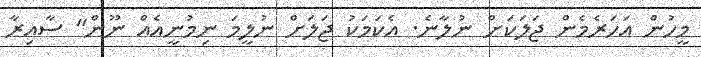
މީހުން އަހަރެމެން ޖަލަކަށް ނުލާނެ. އެކަމަކު ޖަލަށް ނުލީމަ ނިމުނީއެއް ނޫން" ސާއިރާ